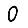
Digit: 0